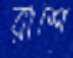
রাশে